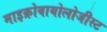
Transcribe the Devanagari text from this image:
माइक्रोबायोलोजीस्ट